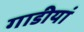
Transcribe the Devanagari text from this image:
गाडीयां